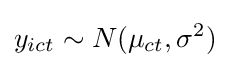
y_{ict}\sim N(\mu _{ct},\sigma ^{2})